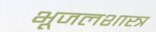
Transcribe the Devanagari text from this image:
भूजलशास्त्र